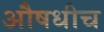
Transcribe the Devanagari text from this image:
औषधीच